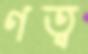
ণত্ব